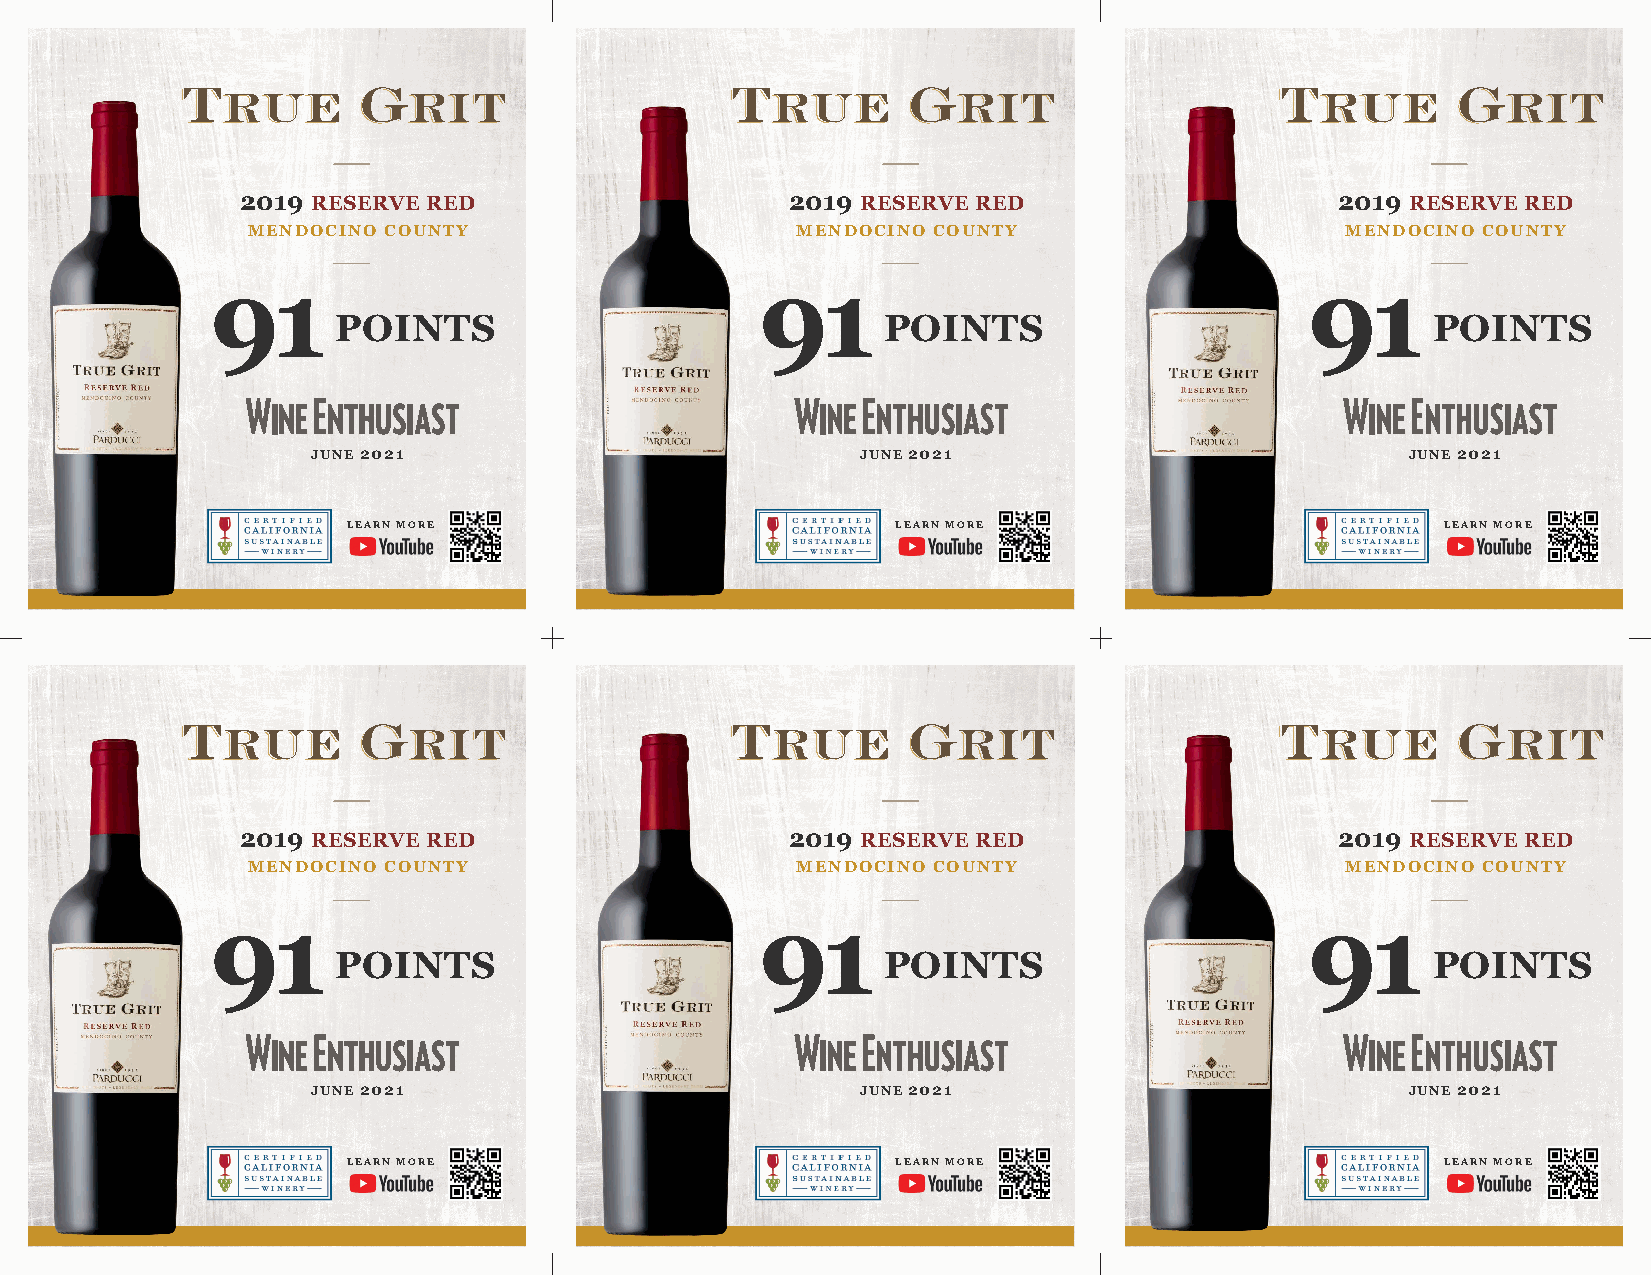
2019 RESERVE RED                    2019 RESERVE RED                     2019 RESERVE RED
 MENDOCINO COUNTY                     MENDOCINO COUNTY                    MENDOCINO COUNTY
 91                                  91                                   91
 POINTS                              POINTS                               POINTS
 JUNE 2021                           JUNE 2021                           JUNE 2021
 LEARN MORE                          LEARN MORE                           LEARN MORE
 2019 RESERVE RED                    2019 RESERVE RED                     2019 RESERVE RED
 MENDOCINO COUNTY                     MENDOCINO COUNTY                    MENDOCINO COUNTY
 91                                  91                                   91
 POINTS                              POINTS                               POINTS
 JUNE 2021                           JUNE 2021                           JUNE 2021
 LEARN MORE                          LEARN MORE                           LEARN MORE